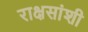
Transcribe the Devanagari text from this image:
राक्षसांशी